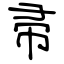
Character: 帚